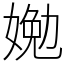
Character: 㛯